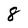
Character: 8